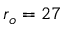
r _ { o } = 2 7